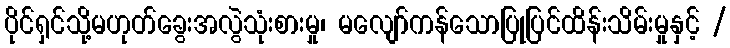
ပိုင်ရှင်သို့မဟုတ်ခွေးအလွဲသုံးစားမှု၊ မလျော်ကန်သောပြုပြင်ထိန်းသိမ်းမှုနှင့် /